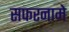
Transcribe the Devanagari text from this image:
सफरनामे